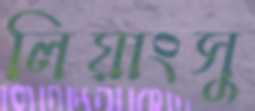
লিয়াংসু